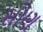
સોણ